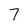
Character: 7